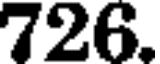
726.